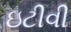
ઇટીવી